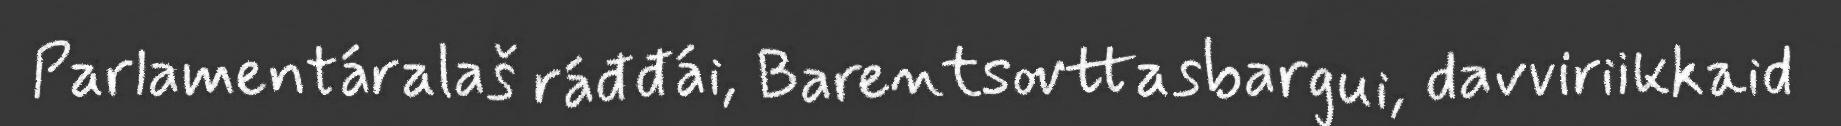
Parlamentáralaš ráđđái, Barentsovttasbargui, davviriikkaid